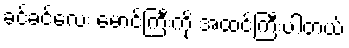
ခင်ခင်လေး မောင်ကြီးကို အထင်ကြီးပါတယ်